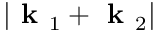
| \textbf { k } _ { 1 } + \textbf { k } _ { 2 } |